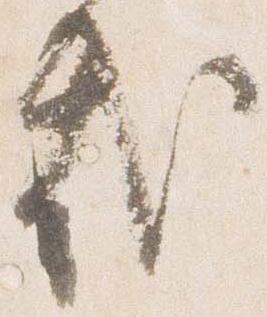
哉